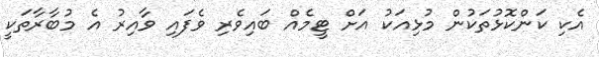
އެކި ކަންކޮޅުތަކުން މުޅިއަކު އަށް ޓީމެއް ބައިވެރި ވެފައި ވާއިރު އެ މުބާރާތަކީ